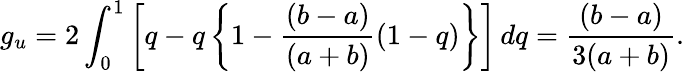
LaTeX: g_{u}=2\int_{0}^{1}\left[q-q\left\{ 1-\frac{(b-a)}{(a+b)}(1-q)\right\} \right]\, dq=\frac{(b-a)}{3(a+b)}.